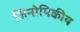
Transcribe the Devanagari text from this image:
जिनोमिकीय